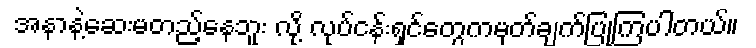
အနာနဲ့ဆေးမတည့်နေဘူး လို့ လုပ်ငန်းရှင်တွေကမှတ်ချက်ပြုကြပါတယ်။